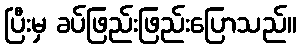
ပြီးမှ ခပ်ဖြည်းဖြည်းပြောသည်။